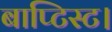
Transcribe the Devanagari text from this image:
बाप्टिस्ट।